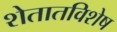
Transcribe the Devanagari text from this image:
शेतातविशेष